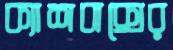
ক্যাশবাক্সের